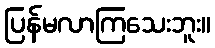
ပြန်မလာကြသေးဘူး။